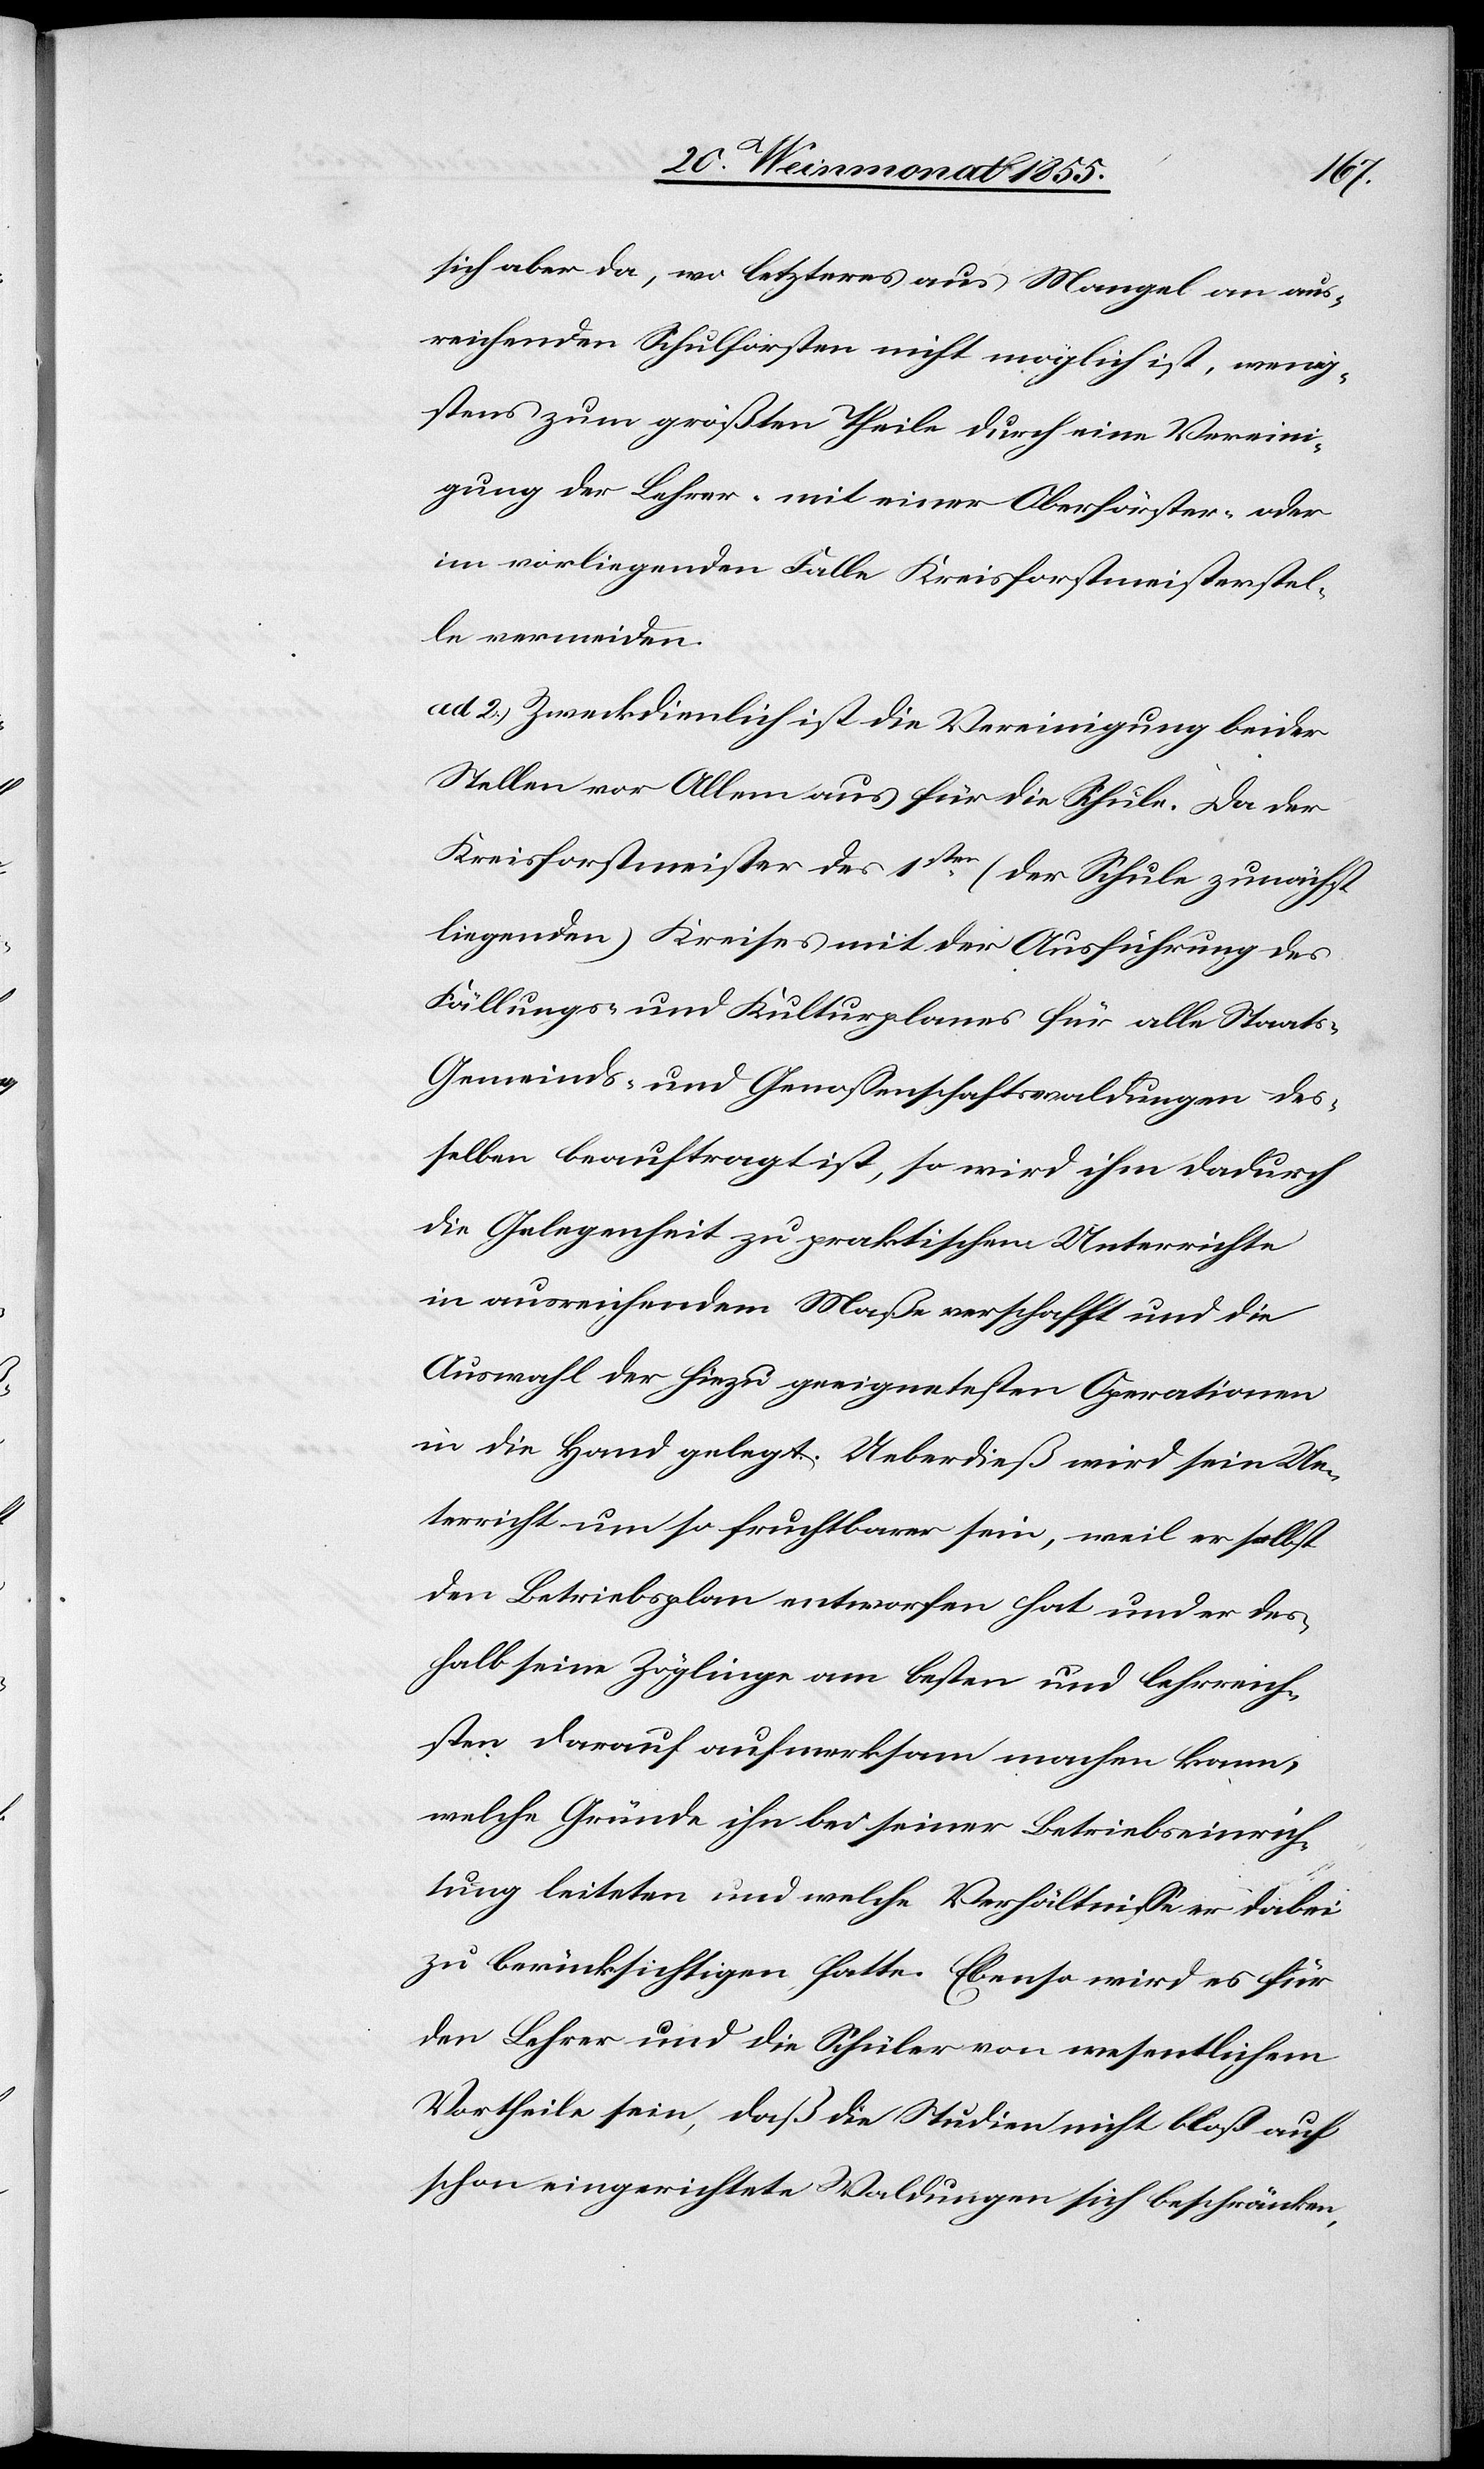
sich aber da, wo letzteres aus Mangel an aus¬
reichenden Schulforsten nicht möglich ist, wenig¬
stens zum größten Theile durch eine Vereini¬
gung der Lehrer- mit einer Oberförster- oder
im vorliegenden Falle Kreisforstmeisterstel¬
le vermeiden.
ad 2.) Zweckdienlich ist die Vereinigung beider
Stellen vor Allem aus für die Schule. Da der
Kreisforstmeister des 1sten (der Schule zunächst
liegenden) Kreises mit der Ausführung des
Fällungs- und Kulturplanes für alle Staats-[,]
Gemeinds- und Genossenschaftswaldungen des¬
selben beauftragt ist, so wird ihm dadurch
die Gelegenheit zu praktischem Unterrichte
in ausreichendem Maße verschafft und die
Auswahl der hiezu geeignetesten Operationen
in die Hand gelegt. Ueberdieß wird sein Un¬
terricht um so fruchtbarer sein, weil er selbst
den Betriebsplan entworfen hat und er des¬
halb seine Zöglinge am besten und lehrreich¬
sten darauf aufmerksam machen kann,
welche Gründe ihn bei seiner Betriebseinrich¬
tung leiteten und welche Verhältnisse er dabei
zu berücksichtigen hatte. Ebenso wird es für
den Lehrer und die Schüler von wesentlichem
Vortheile sein, daß die Studien nicht bloß auf
schon eingerichtete Waldungen sich beschränken,